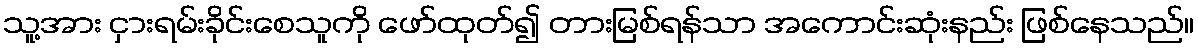
သူ့အား ငှားရမ်းခိုင်းစေသူကို ဖော်ထုတ်၍ တားမြစ်ရန်သာ အကောင်းဆုံးနည်း ဖြစ်နေသည်။